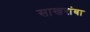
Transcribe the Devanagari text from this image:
साखरांबा